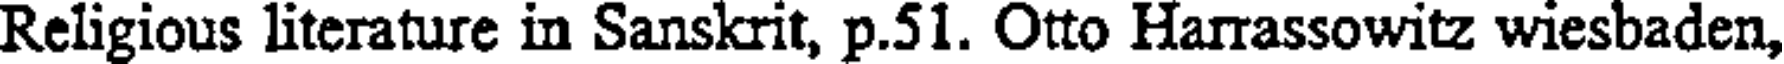
Religious literature in Sanskrit, p.51. Otto Harrassowitz wiesbaden,